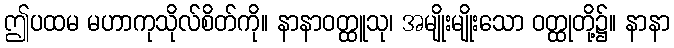
ဤပထမ မဟာကုသိုလ်စိတ်ကို။ နာနာဝတ္ထူသု၊ အမျိုးမျိုးသော ဝတ္ထုတို့၌။ နာနာ